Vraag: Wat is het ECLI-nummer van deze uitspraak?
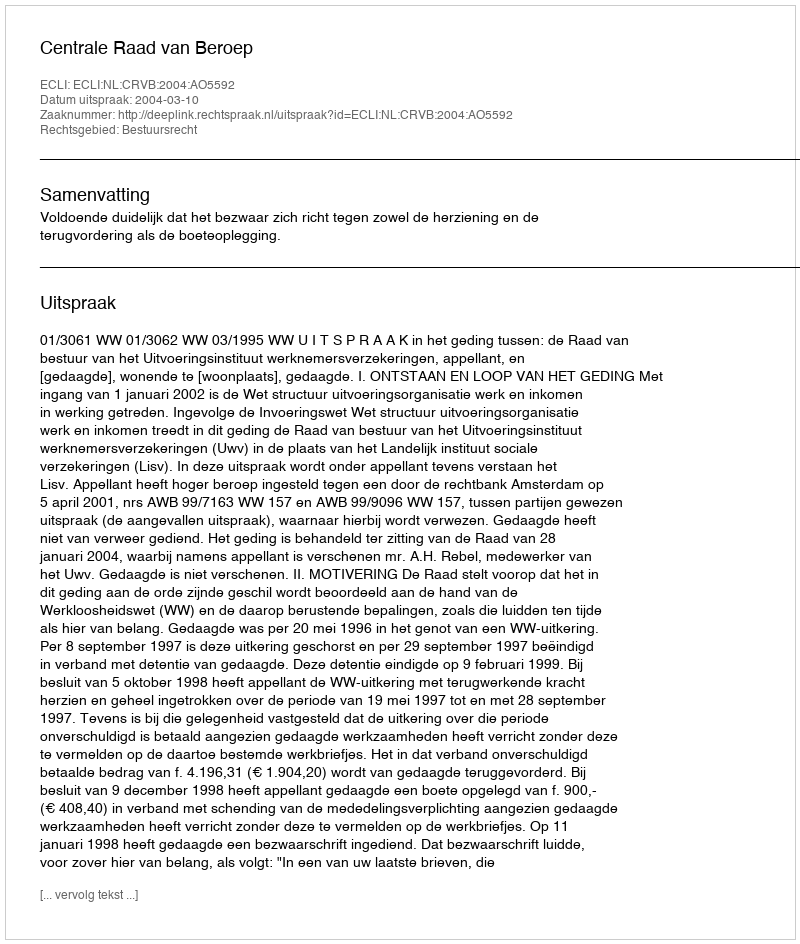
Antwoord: ECLI:NL:CRVB:2004:AO5592